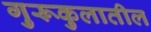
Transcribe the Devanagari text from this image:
गुरूकुलातील